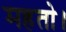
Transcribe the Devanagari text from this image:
महतो।